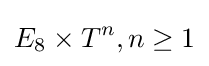
E_{8}\times T^{n},n\geq 1